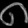
Digit: ၈